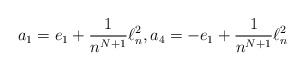
\begin{align*}a_1= e_1+ \frac{1}{n^{N+1}}\ell^2_n,a_4= -e_1+\frac{1}{n^{N+1}}\ell^2_n\end{align*}